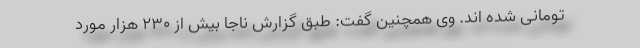
تومانی شده اند. وی همچنین گفت: طبق گزارش ناجا بیش از ۲۳۰ هزار مورد